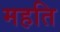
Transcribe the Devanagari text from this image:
महति